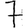
Digit: 7